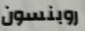
روبنسون